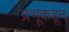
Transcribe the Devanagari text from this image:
प्रभूकडून